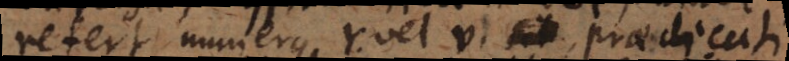
refert numerus r vel v praedicati